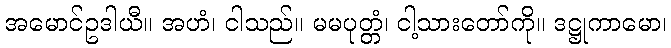
အမောင်ဥဒါယီ။ အဟံ၊ ငါသည်။ မမပုတ္တံ၊ ငါ့သားတော်ကို။ ဒဋ္ဌုကာမော၊